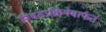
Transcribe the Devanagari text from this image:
निवडप्रक्रियेमार्फत